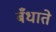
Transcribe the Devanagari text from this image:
बँधाते